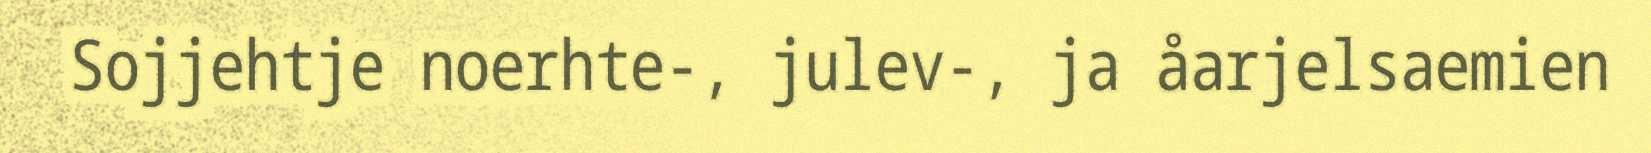
Sojjehtje noerhte-, julev-, ja åarjelsaemien